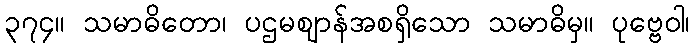
၃၇၄။ သမာဓိတော၊ ပဌမဈာန်အစရှိသော သမာဓိမှ။ ပုဗ္ဗေဝါ၊